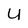
Character: y